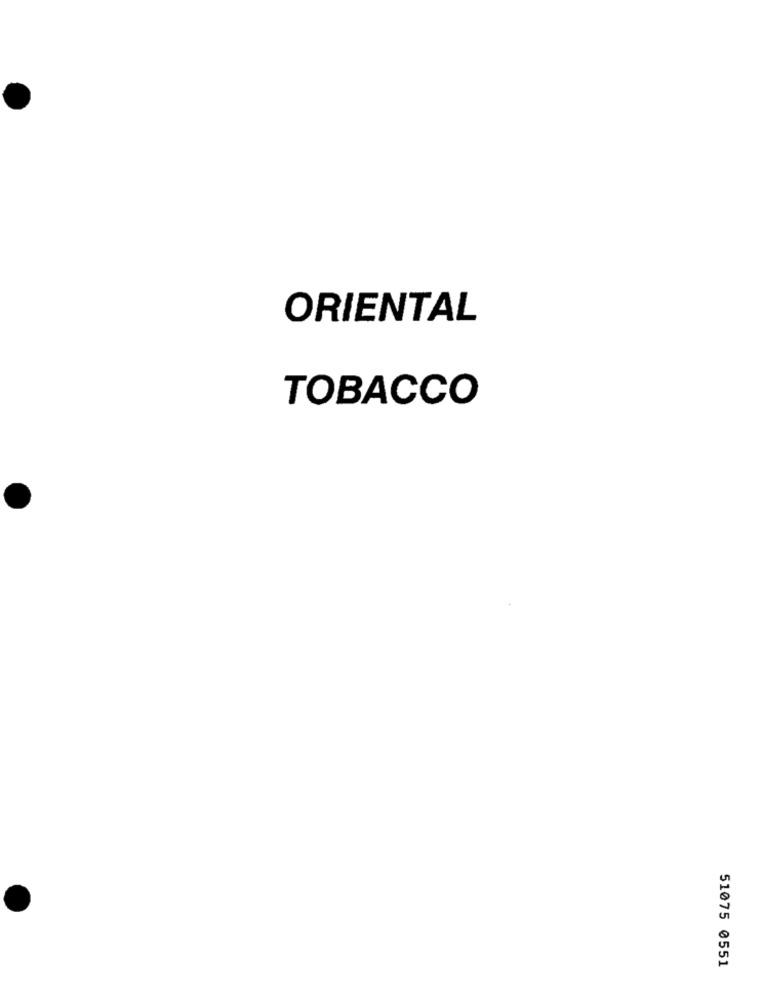
ORIENTAL
TOBACCO
51075 0551